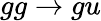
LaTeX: gg\rightarrow gu